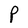
Character: P